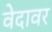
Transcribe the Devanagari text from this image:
वेदावर